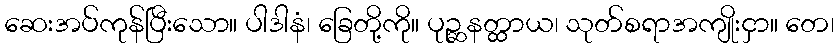
ဆေးအပ်ကုန်ပြီးသော။ ပါဒါနံ၊ ခြေတို့ကို။ ပုဉ္ဆနတ္ထာယ၊ သုတ်စရာအကျိုးငှာ။ တေ၊